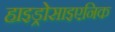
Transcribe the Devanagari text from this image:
हाइड्रोसाइएनिक